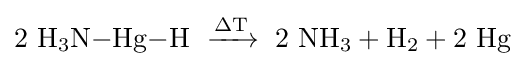
\mathrm {2\ H_{3}N{-}Hg{-}H\ \xrightarrow {\Delta T} \ 2\ NH_{3}+H_{2}+2\ Hg}